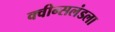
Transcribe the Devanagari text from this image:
क्वीन्सलंडला